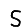
Digit: 5